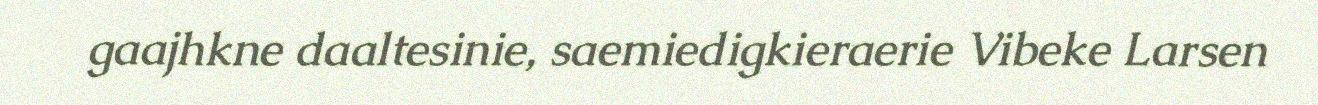
gaajhkne daaltesinie, saemiedigkieraerie Vibeke Larsen